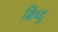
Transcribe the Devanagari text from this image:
सिध्दू